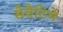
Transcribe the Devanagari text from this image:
सैवैटिये